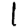
Digit: 1